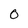
Character: O